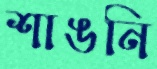
শাঙনি